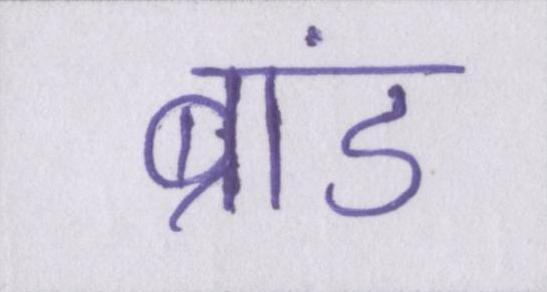
ब्रांड